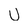
Character: U